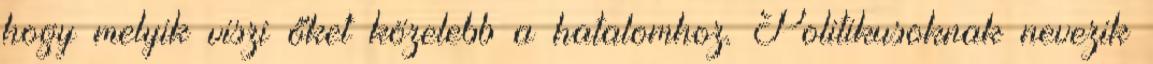
hogy melyik viszi őket közelebb a hatalomhoz. Politikusoknak nevezik